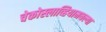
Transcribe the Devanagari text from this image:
चेकोस्लाव्हियामधल्या